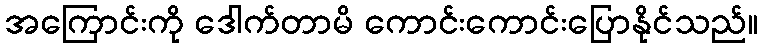
အကြောင်းကို ဒေါက်တာမိ ကောင်းကောင်းပြောနိုင်သည်။